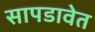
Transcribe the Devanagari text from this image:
सापडावेत